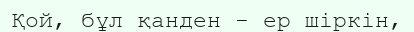
Қой, бұл қанден - ер шіркін,